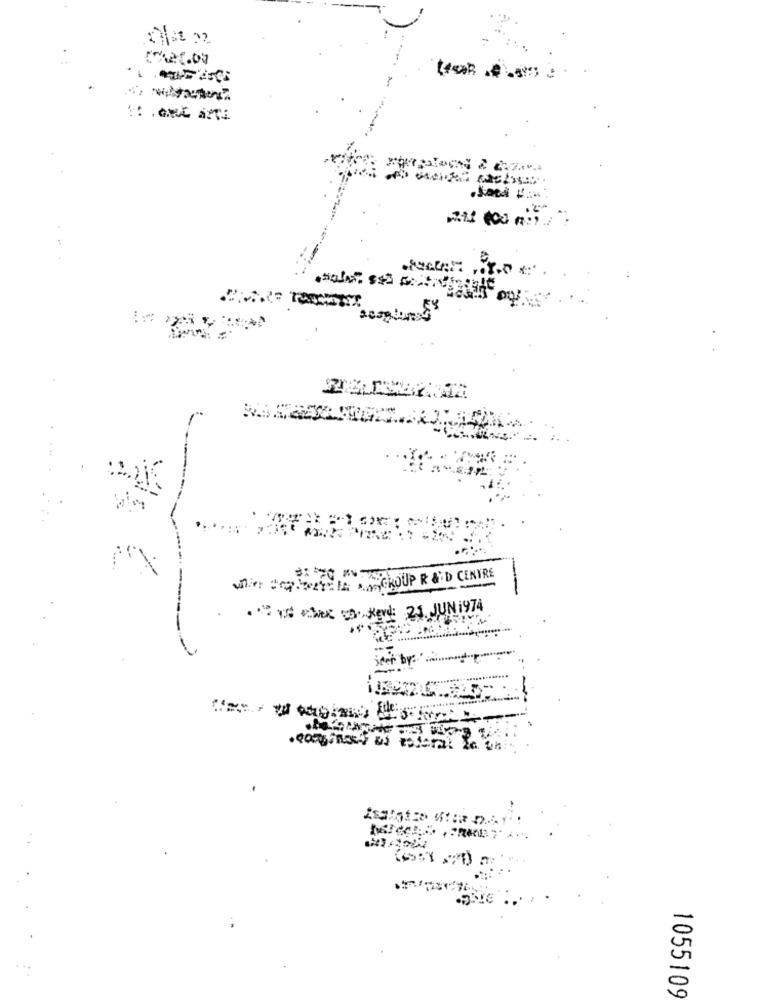
241 100 m):
٠٠ ٢٫٥
whir POZICIA GROUP R & D CENTRE
--
. ** ** checked: 21 JUN 1974
1055109